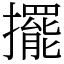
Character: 擺